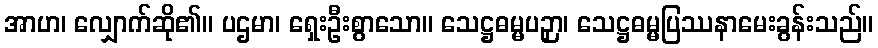
အာဟ၊ လျှောက်ဆို၏။ ပဌမာ၊ ရှေးဦးစွာသော။ သေဋ္ဌဓမ္မပဉှာ၊ သေဋ္ဌဓမ္မပြဿနာမေးခွန်းသည်။